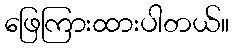
ဖြေကြားထားပါတယ်။